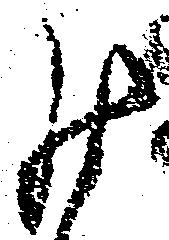
罷